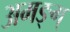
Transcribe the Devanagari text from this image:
अमङ्ग्